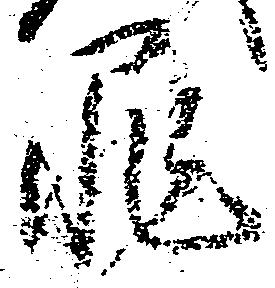
罪